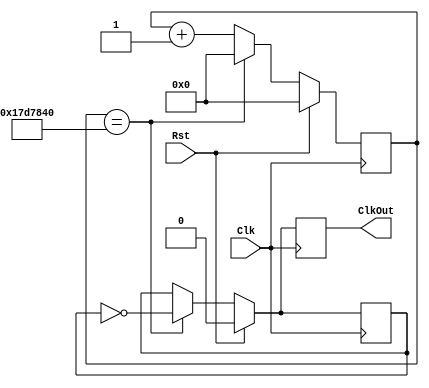
`timescale 1ns / 1ps 
module ClkDiv(Clk, Rst, ClkOut);
   input Clk, Rst;
   output reg ClkOut;
  //to create 1 Hz clock from 100-MHz on the board
  parameter DivVal = 25000000;  
   reg [25:0] DivCnt;
   reg ClkInt;
	
   always @(posedge Clk) begin
      if( Rst == 1 )begin
         DivCnt <= 0;
         ClkOut <= 0;
         ClkInt <= 0;
      end
      else begin
         if( DivCnt == DivVal ) begin
            	ClkOut <= ~ClkInt;
            	ClkInt <= ~ClkInt;
            	DivCnt <= 0;
         end
         else begin
            	ClkOut <= ClkInt;
            	ClkInt <= ClkInt;
            	DivCnt <= DivCnt + 1;
         end
      end
   end
endmodule